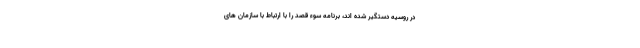
در روسیه دستگیر شده اند، برنامه سوء قصد را با ارتباط با سازمان های